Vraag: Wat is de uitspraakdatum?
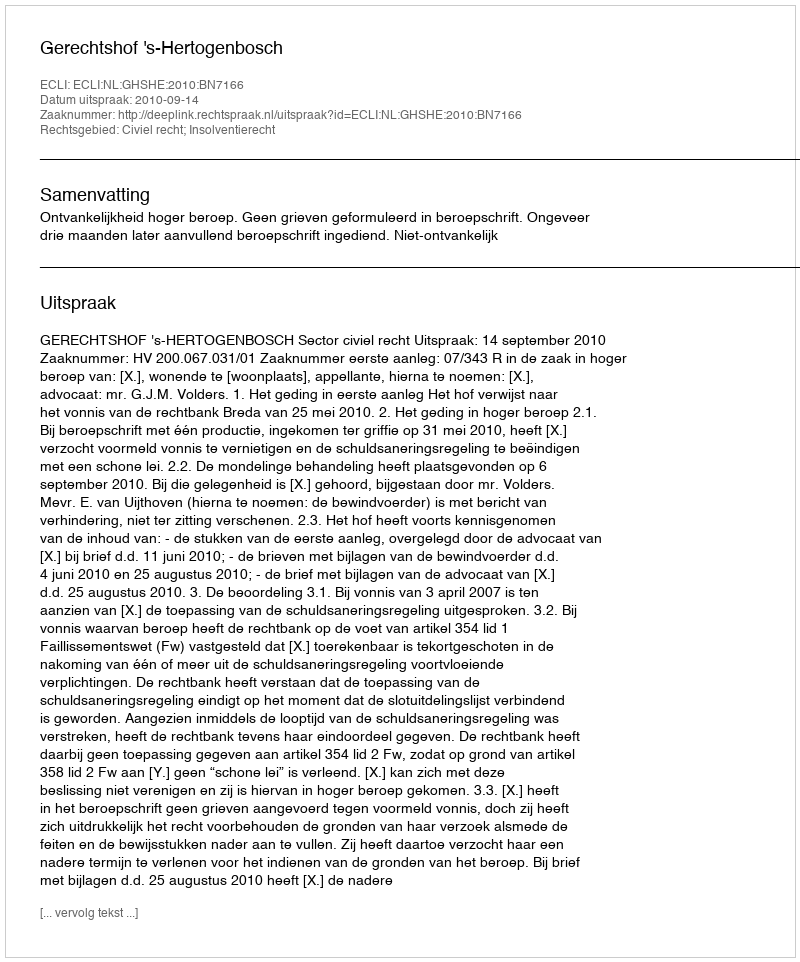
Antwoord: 2010-09-14